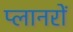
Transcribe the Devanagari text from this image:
प्लानरों